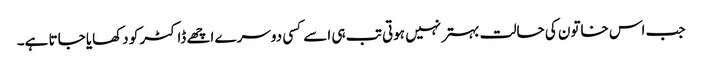
جب اس خاتون کی حالت بہتر نہیں ہوتی تب ہی اسے کسی دوسرے اچھے ڈاکٹر کو دکھایا جاتا ہے۔